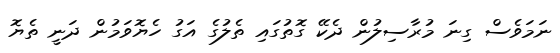
ނަމަވެސް ގިނަ މުރާސިލުން ދެކޭ ގޮތުގައި ތެލުގެ އަގު ހެޔޮވަމުން ދަނީ ތެޔޮ